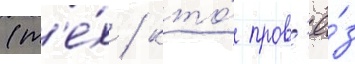
(т'е́х / кто́ пров'ё́з